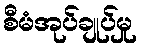
စီမံအုပ်ချုပ်မှု